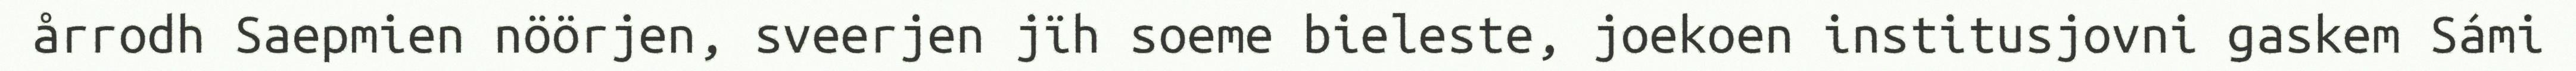
årrodh Saepmien nöörjen, sveerjen jïh soeme bieleste, joekoen institusjovni gaskem Sámi